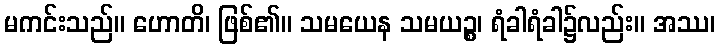
မကင်းသည်။ ဟောတိ၊ ဖြစ်၏။ သမယေန သမယဉ္စ၊ ရံခါရံခါ၌လည်း။ အဿ၊